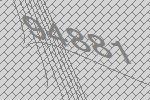
94881